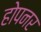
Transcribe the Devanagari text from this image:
होपनर